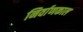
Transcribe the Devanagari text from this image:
निर्वाणकाल